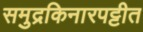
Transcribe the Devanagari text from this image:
समुद्रकिनारपट्टीत